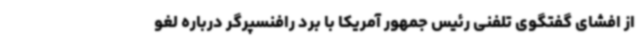
از افشای گفتگوی تلفنی رئیس جمهور آمریکا با برد رافنسپرگر درباره لغو